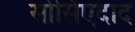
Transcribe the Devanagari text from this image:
सोसिएदाद